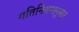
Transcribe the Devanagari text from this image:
गतिनियमानुसार